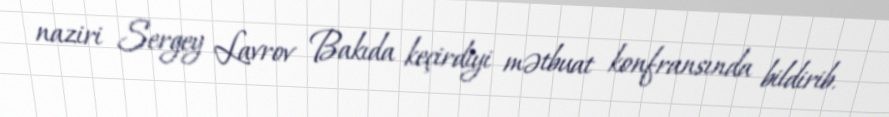
naziri Sergey Lavrov Bakıda keçirdiyi mətbuat konfransında bildirib.